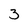
Character: 3